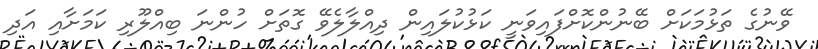
ވޭނުގެ ތަޅުމަކަށް ބޭނުންކޮށްފައިވަނީ ކަޅުކުލައިން ދިއްލާލެވޭ ގޮތަށް ހުންނަ ބިއްލޫރި ކަމަށާއި އަދި